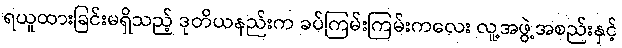
ရယူထားခြင်းမရှိသည့် ဒုတိယနည်းက ခပ်ကြမ်းကြမ်းကလေး လူ့အဖွဲ့အစည်းနှင့်